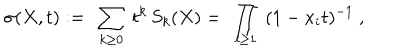
\sigma ( X , t ) : = \ \sum _ { k \geq 0 } \ t ^ { k } \, S _ { k } ( X ) = \ \prod _ { i \geq 1 } \ ( 1 - x _ { i } t ) ^ { - 1 } \ ,